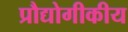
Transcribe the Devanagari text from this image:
प्रौद्योगीकीय